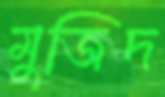
মুজিদ